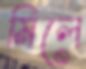
মিলে